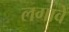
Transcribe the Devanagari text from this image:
लगावें